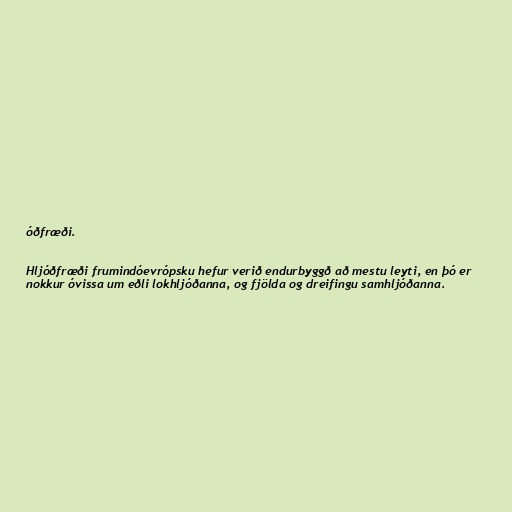
óðfræði.

Hljóðfræði frumindóevrópsku hefur verið endurbyggð að mestu leyti, en þó er
nokkur óvissa um eðli lokhljóðanna, og fjölda og dreifingu samhljóðanna.